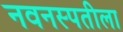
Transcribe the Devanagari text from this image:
नवनस्पतीला